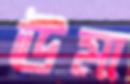
ঊমা